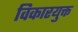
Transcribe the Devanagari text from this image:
विकारयुक्त